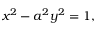
x ^ { 2 } - a ^ { 2 } y ^ { 2 } = 1 ,